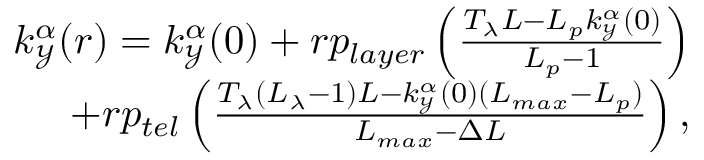
\begin{array} { r } { k _ { \mathcal { Y } } ^ { \alpha } ( r ) = k _ { \mathcal { Y } } ^ { \alpha } ( 0 ) + r p _ { l a y e r } \left( \frac { T _ { \lambda } L - L _ { p } k _ { \mathcal { Y } } ^ { \alpha } ( 0 ) } { L _ { p } - 1 } \right) } \\ { + r p _ { t e l } \left( \frac { T _ { \lambda } ( L _ { \lambda } - 1 ) L - k _ { \mathcal { Y } } ^ { \alpha } ( 0 ) ( L _ { m a x } - L _ { p } ) } { L _ { m a x } - \Delta L } \right) , } \end{array}